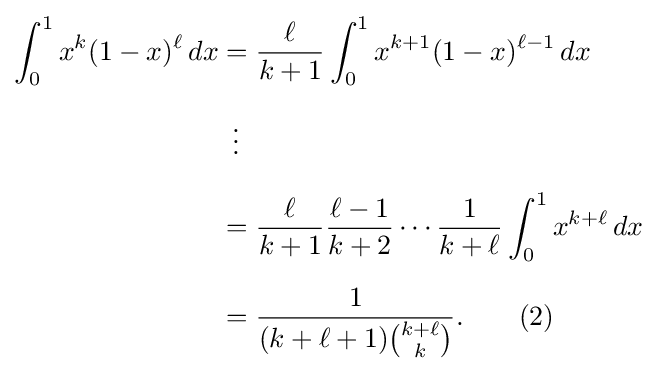
{\begin{aligned}\int _{0}^{1}x^{k}(1-x)^{\ell }\,dx&={\frac {\ell }{k+1}}\int _{0}^{1}x^{k+1}(1-x)^{\ell -1}\,dx\\[6pt]&\,\,\,\vdots \\[6pt]&={\frac {\ell }{k+1}}{\frac {\ell -1}{k+2}}\cdots {\frac {1}{k+\ell }}\int _{0}^{1}x^{k+\ell }\,dx\\[6pt]&={\frac {1}{(k+\ell +1){\binom {k+\ell }{k}}}}.\qquad (2)\end{aligned}}